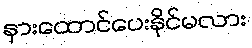
နားထောင်ပေးနိုင်မလား